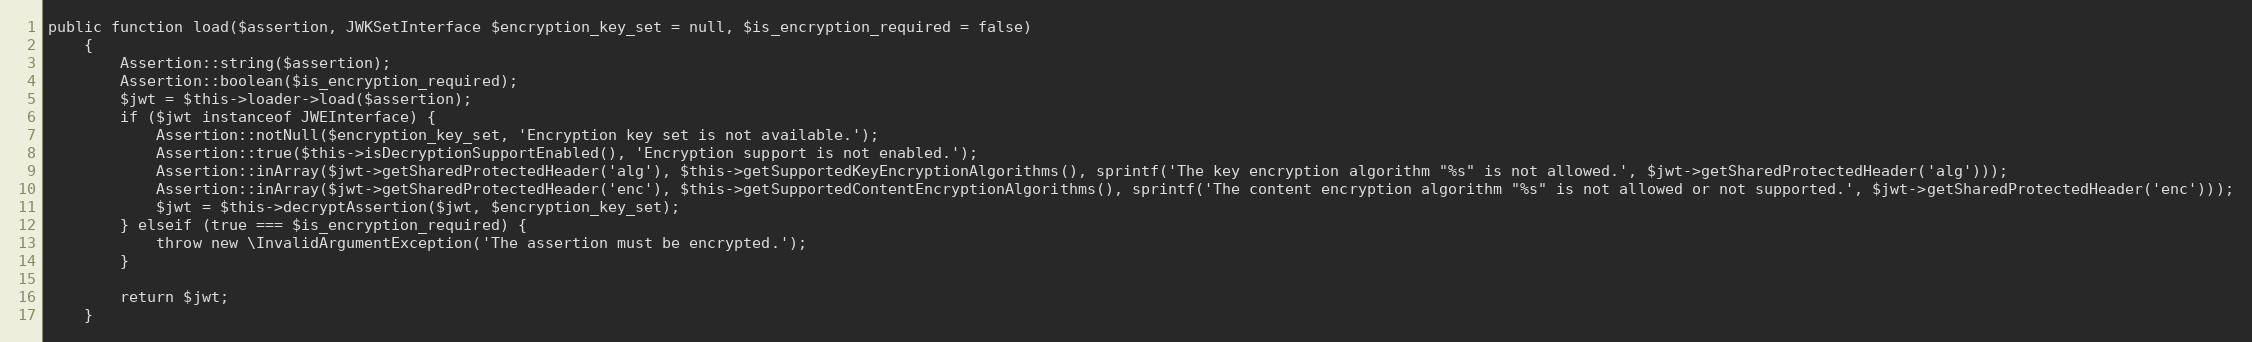
Language: PHP
public function load($assertion, JWKSetInterface $encryption_key_set = null, $is_encryption_required = false)
    {
        Assertion::string($assertion);
        Assertion::boolean($is_encryption_required);
        $jwt = $this->loader->load($assertion);
        if ($jwt instanceof JWEInterface) {
            Assertion::notNull($encryption_key_set, 'Encryption key set is not available.');
            Assertion::true($this->isDecryptionSupportEnabled(), 'Encryption support is not enabled.');
            Assertion::inArray($jwt->getSharedProtectedHeader('alg'), $this->getSupportedKeyEncryptionAlgorithms(), sprintf('The key encryption algorithm "%s" is not allowed.', $jwt->getSharedProtectedHeader('alg')));
            Assertion::inArray($jwt->getSharedProtectedHeader('enc'), $this->getSupportedContentEncryptionAlgorithms(), sprintf('The content encryption algorithm "%s" is not allowed or not supported.', $jwt->getSharedProtectedHeader('enc')));
            $jwt = $this->decryptAssertion($jwt, $encryption_key_set);
        } elseif (true === $is_encryption_required) {
            throw new \InvalidArgumentException('The assertion must be encrypted.');
        }

        return $jwt;
    }